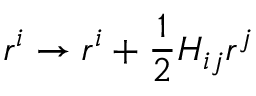
r ^ { i } \rightarrow r ^ { i } + { \frac { 1 } { 2 } } H _ { i j } r ^ { j }